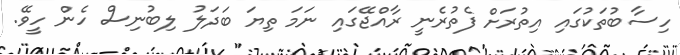
ހިސާބުތަކުގައި އިތުރަށް ފެތުރެނީ ރާއްޖޭގައި ނަމަ ތިޔަ ބަދަލު ލިބުނިސް ހެން ހީވޭ.